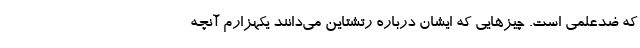
که ضدعلمی است. چیزهایی که ایشان درباره رتشتاین می‌دانند یکهزارم آنچه